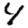
Digit: 4